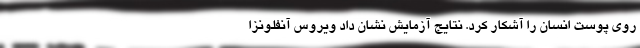
روی پوست انسان را آشکار کرد. نتایج آزمایش نشان داد ویروس آنفلونزا